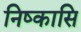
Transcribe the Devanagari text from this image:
निष्कासि